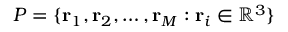
{ \cal P } = \{ { \bf r } _ { 1 } , { \bf r } _ { 2 } , \ldots , { \bf r } _ { M } : { \bf r } _ { i } \in \mathbb { R } ^ { 3 } \}